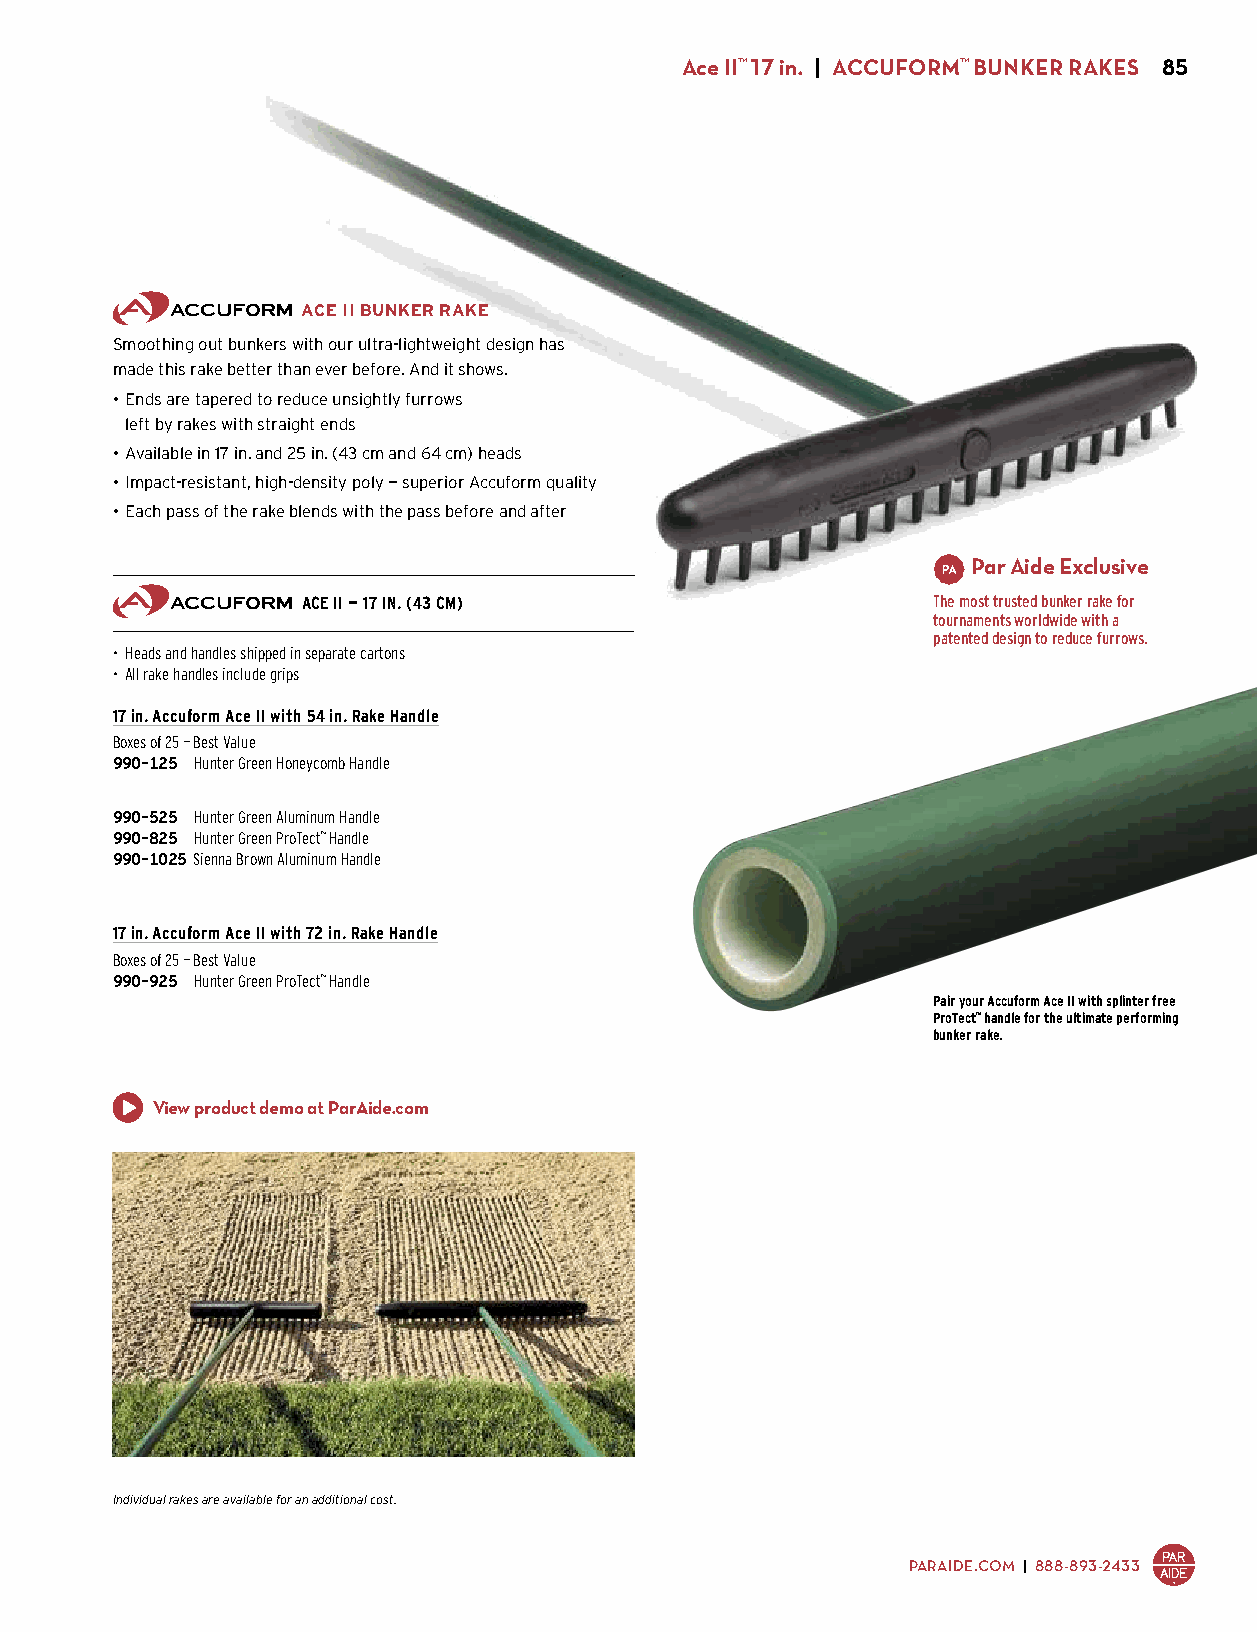
Ace II™ 17 in. | ACCUFORM™ BUNKER RAKES 85
 ACE II BUNKER RAKE
 Smoothing out bunkers with our ultra-lightweight design has
 made this rake better than ever before. And it shows.
 • Ends are tapered to reduce unsightly furrows
 left by rakes with straight ends
 • Available in 17 in. and 25 in. (43 cm and 64 cm) heads
 • Impact-resistant, high-density poly — superior Accuform quality
 • Each pass of the rake blends with the pass before and after
 Par Aide Exclusive
 ACE II — 17 IN. (43 CM)                   The most trusted bunker rake for
 tournaments worldwide with a
 patented design to reduce furrows.
 • Heads and handles shipped in separate cartons
 • All rake handles include grips
 17 in. Accuform Ace II with 54 in. Rake Handle
 Boxes of 25 — Best Value
 990-125 Hunter Green Honeycomb Handle
 $518.75 ($20.75 ea.)
 990-525 Hunter Green Aluminum Handle
 990-825 Hunter Green ProTect™ Handle
 990-1025 Sienna Brown Aluminum Handle
 $568.75 ($22.75 ea.)
 17 in. Accuform Ace II with 72 in. Rake Handle
 Boxes of 25 — Best Value
 990-925 Hunter Green ProTect™ Handle
 $643.75 ($25.75 ea.)                                   Pair your Accuform Ace II with splinter free
 ProTect™ handle for the ultimate performing
 bunker rake.
 View product demo at ParAide.com
 Individual rakes are available for an additional cost.
 PARAIDE.COM | 888-893-2433